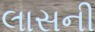
લાસની